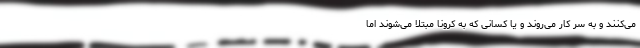
می‌کنند و به سر کار می‌روند و یا کسانی که به کرونا مبتلا می‌شوند اما